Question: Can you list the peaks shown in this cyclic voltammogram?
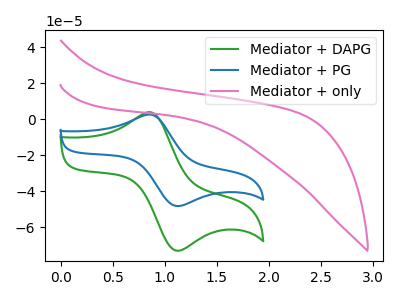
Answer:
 <answer>The green curve "Mediator + DAPG" has an anodic peak at (0.85V, 3.85uA) and a cathodic peak at (1.10V, -73.20uA). The blue curve "Mediator + PG" has an anodic peak at (0.85V, 2.55uA) and a cathodic peak at (1.10V, -48.35uA). The pink curve "Mediator + only" has no peaks.</answer>
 <eval></eval>